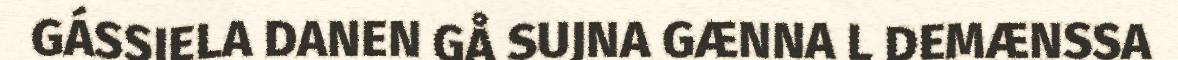
GÁSSJELA DANEN GÅ SUJNA GÆNNA L DEMÆNSSA